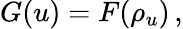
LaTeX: G(u)=F(\rho_{u})\, ,